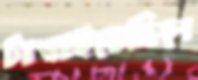
টাঙাইতেছিলে